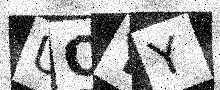
Text: UOYY